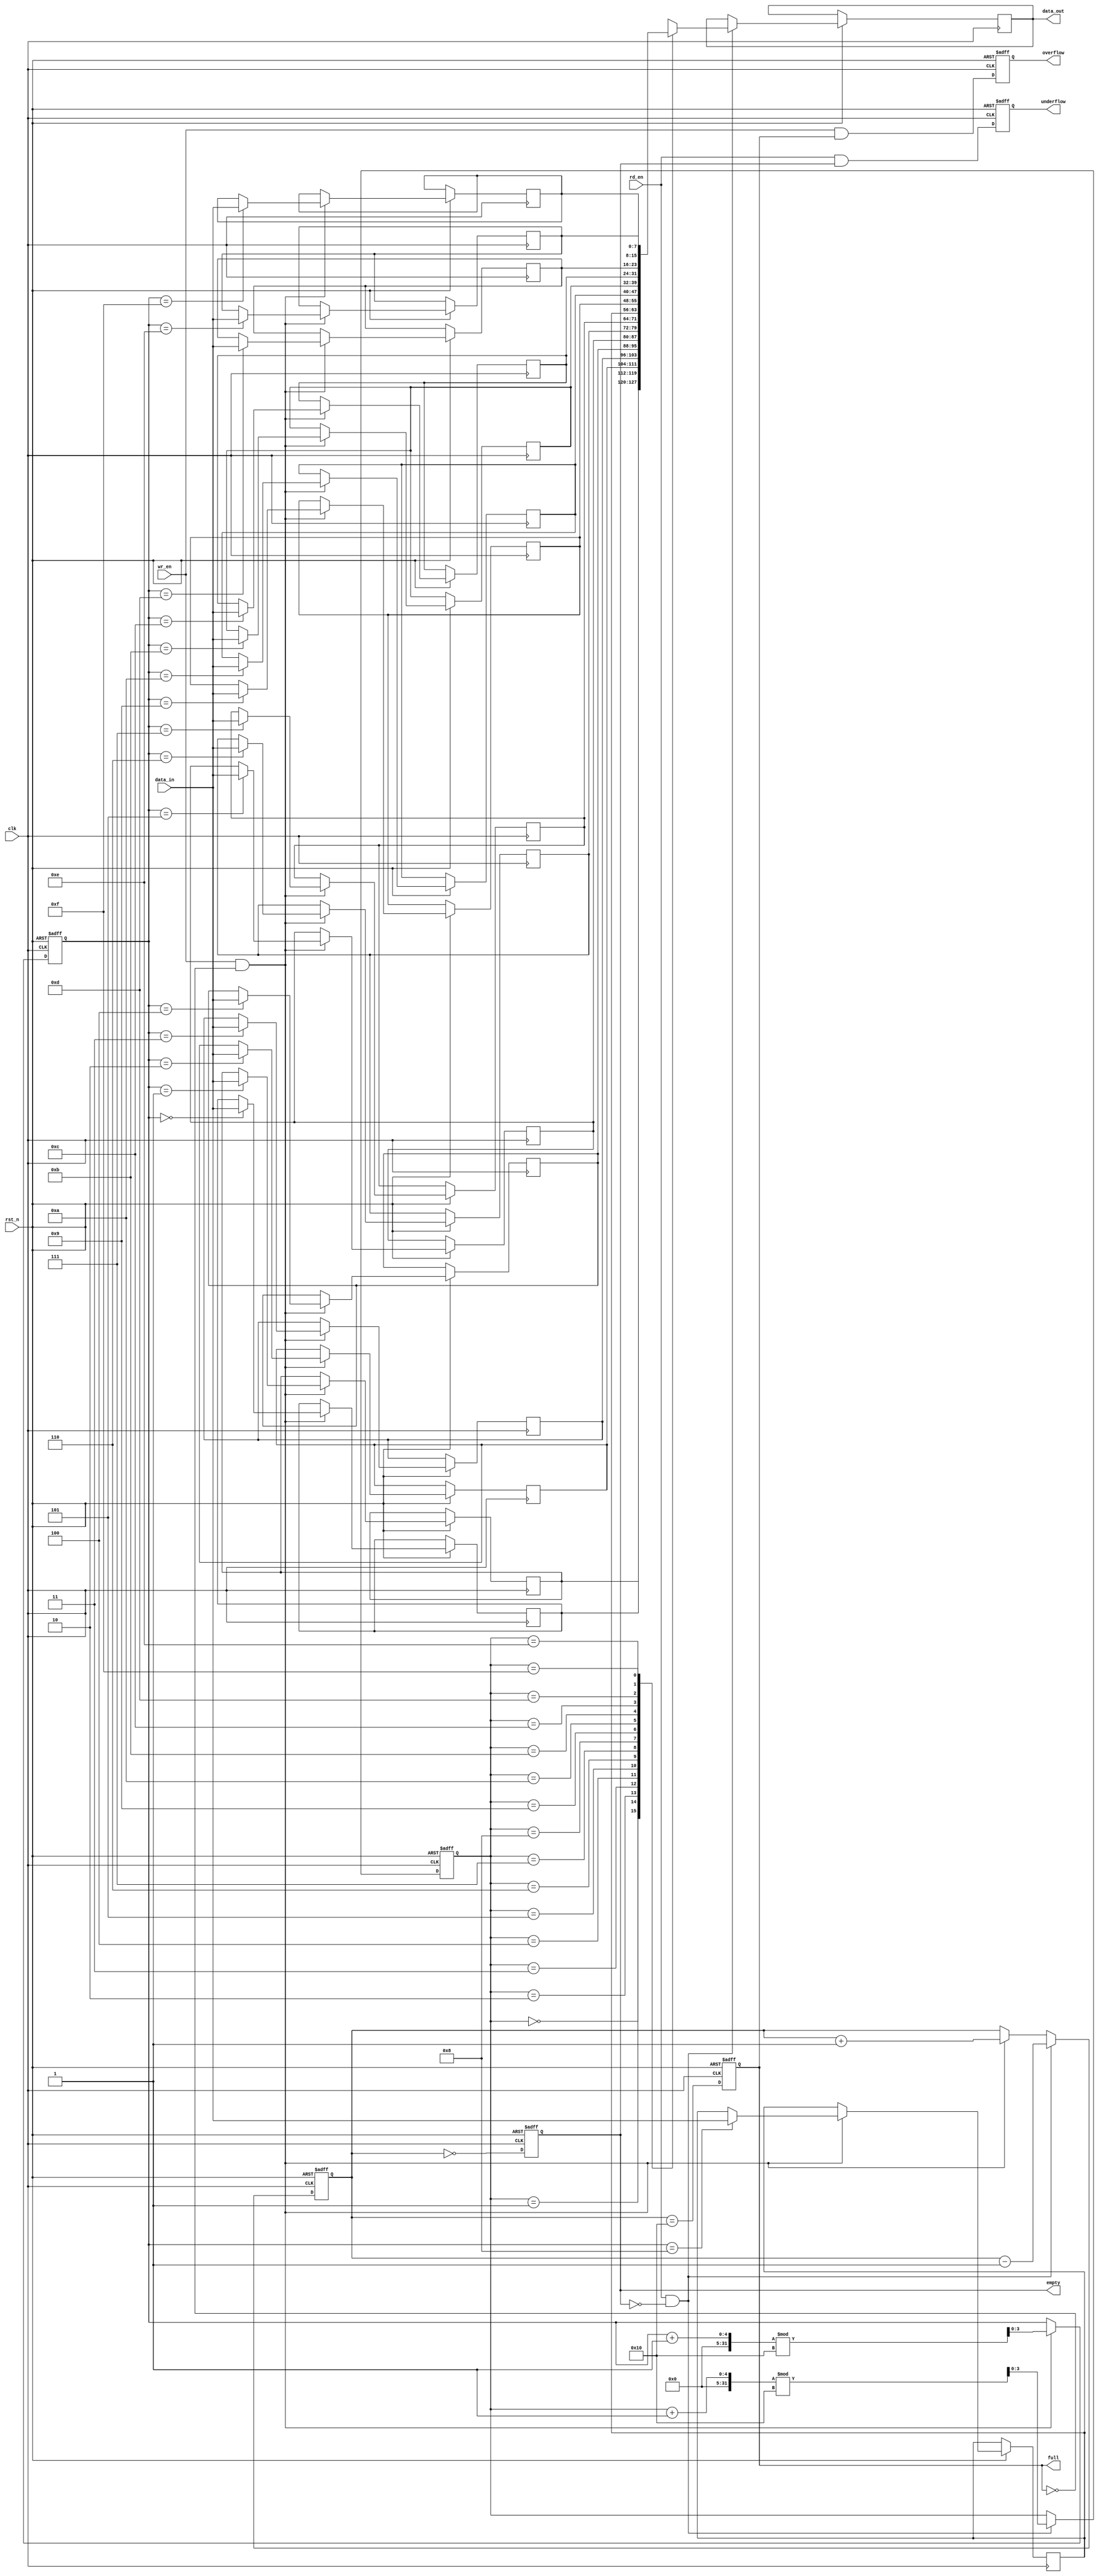
module parameterized_fifo #(
    parameter DATA_WIDTH = 8,  // Width of each data element in bits
    parameter FIFO_DEPTH = 16   // Total number of entries the FIFO can hold
)(
    input wire clk,              // Clock signal
    input wire rst_n,            // Asynchronous reset (active low)
    input wire wr_en,            // Write enable signal
    input wire rd_en,            // Read enable signal
    input wire [DATA_WIDTH-1:0] data_in, // Data input
    output reg [DATA_WIDTH-1:0] data_out, // Data output
    output reg full,             // FIFO full flag
    output reg empty,            // FIFO empty flag
    output reg overflow,         // Overflow flag
    output reg underflow         // Underflow flag
);

    // Internal memory array
    reg [DATA_WIDTH-1:0] fifo_memory [0:FIFO_DEPTH-1];

    // Pointers
    reg [$clog2(FIFO_DEPTH)-1:0] wr_ptr; // Write pointer
    reg [$clog2(FIFO_DEPTH)-1:0] rd_ptr; // Read pointer
    reg [$clog2(FIFO_DEPTH+1)-1:0] count; // Number of items in FIFO

    // Asynchronous reset logic
    always @(posedge clk or negedge rst_n) begin
        if (!rst_n) begin
            wr_ptr <= 0;
            rd_ptr <= 0;
            count <= 0;
            full <= 0;
            empty <= 1;
            overflow <= 0;
            underflow <= 0;
        end else begin
            // Write logic
            if (wr_en && !full) begin
                fifo_memory[wr_ptr] <= data_in; // Write data to FIFO
                wr_ptr <= (wr_ptr + 1) % FIFO_DEPTH; // Increment write pointer
                count <= count + 1; // Increment item count
            end
            
            // Read logic
            if (rd_en && !empty) begin
                data_out <= fifo_memory[rd_ptr]; // Read data from FIFO
                rd_ptr <= (rd_ptr + 1) % FIFO_DEPTH; // Increment read pointer
                count <= count - 1; // Decrement item count
            end

            // Update full and empty flags
            full <= (count == FIFO_DEPTH);
            empty <= (count == 0);
            overflow <= (wr_en && full);
            underflow <= (rd_en && empty);
        end
    end

endmodule